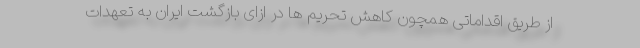
از طریق اقداماتی همچون کاهش تحریم ها در ازای بازگشت ایران به تعهدات